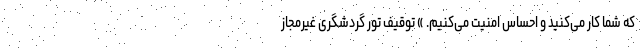
که شما کار می‌کنید و احساس امنیت می‌کنیم. » توقیف تور گردشگری غیرمجاز